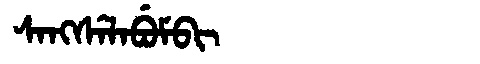
Manchu: ᠰᠠᠩᠰᡝᠯᠠᠪᡠᠮᠪᡳ
Romanization: SANGSELABUMBI